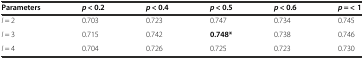
<table><thead><tr><td><b>Parameters</b></td><td><b><i>p</i> &lt; 0.2</b></td><td><b><i>p</i> &lt; 0.4</b></td><td><b><i>p</i> &lt; 0.5</b></td><td><b><i>p</i> &lt; 0.6</b></td><td><b><i>p</i> = &lt; 1</b></td></tr></thead><tbody><tr><td><i>I</i> = 2</td><td>0.703</td><td>0.723</td><td>0.747</td><td>0.734</td><td>0.745</td></tr><tr><td><i>I</i> = 3</td><td>0.715</td><td>0.742</td><td><b>0.748*</b></td><td>0.738</td><td>0.746</td></tr><tr><td><i>I</i> = 4</td><td>0.704</td><td>0.726</td><td>0.725</td><td>0.723</td><td>0.730</td></tr></tbody></table>